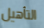
التأهيل